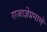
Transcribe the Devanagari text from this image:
राजाज्ञेप्रमाणे